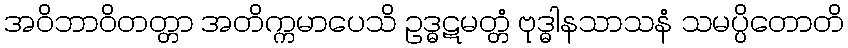
အဝိဘာဝိတတ္တာ အတိက္ကမာပေသိ ဥဒ္ဓဋမတ္တံ ဗုဒ္ဓါနသာသနံ သမပ္ပိတောတိ